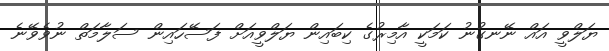
ޔަލްވީ އައް ނޭނގުނު ކަަމަކީ އާމިރުގެ ކިބައިން ޔަލްވީއަށް ފަސޭހައިން ސަލާމަތް ނުވެވޭނެ